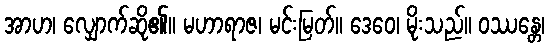
အာဟ၊ လျှောက်ဆို၏။ မဟာရာဇ၊ မင်းမြတ်။ ဒေဝေ၊ မိုးသည်။ ဝဿန္တေ၊